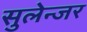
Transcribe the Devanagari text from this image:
सुलेन्जर